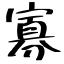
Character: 寡